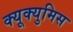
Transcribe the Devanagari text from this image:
क्यूक्युमिस